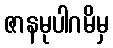
ဇာနမုပါဂမိမှ